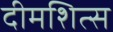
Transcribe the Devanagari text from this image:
दीमशित्स